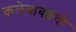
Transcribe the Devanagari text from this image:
कलेबाबतची